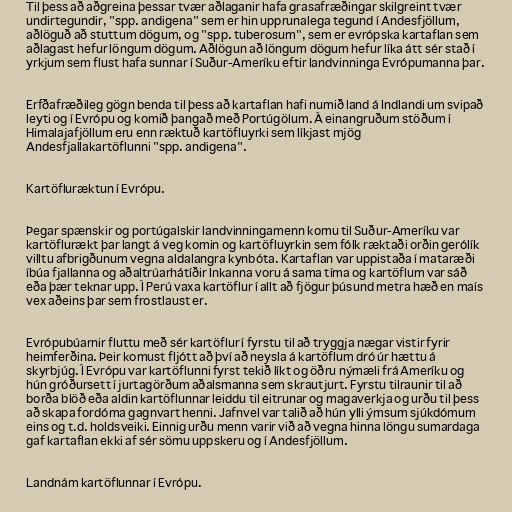
Til þess að aðgreina þessar tvær aðlaganir hafa grasafræðingar skilgreint tvær
undirtegundir, "spp. andigena" sem er hin upprunalega tegund í Andesfjöllum,
aðlöguð að stuttum dögum, og "spp. tuberosum", sem er evrópska kartaflan sem
aðlagast hefur löngum dögum. Aðlögun að löngum dögum hefur líka átt sér stað í
yrkjum sem flust hafa sunnar í Suður-Ameríku eftir landvinninga Evrópumanna þar.

Erfðafræðileg gögn benda til þess að kartaflan hafi numið land á Indlandi um svipað
leyti og í Evrópu og komið þangað með Portúgölum. Á einangruðum stöðum í
Himalajafjöllum eru enn ræktuð kartöfluyrki sem líkjast mjög
Andesfjallakartöflunni "spp. andigena".

Kartöfluræktun í Evrópu.

Þegar spænskir og portúgalskir landvinningamenn komu til Suður-Ameríku var
kartöflurækt þar langt á veg komin og kartöfluyrkin sem fólk ræktaði orðin gerólík
villtu afbrigðunum vegna aldalangra kynbóta. Kartaflan var uppistaða í mataræði
íbúa fjallanna og aðaltrúarhátíðir Inkanna voru á sama tíma og kartöflum var sáð
eða þær teknar upp. Í Perú vaxa kartöflur í allt að fjögur þúsund metra hæð en maís
vex aðeins þar sem frostlaust er.

Evrópubúarnir fluttu með sér kartöflur í fyrstu til að tryggja nægar vistir fyrir
heimferðina. Þeir komust fljótt að því að neysla á kartöflum dró úr hættu á
skyrbjúg. Í Evrópu var kartöflunni fyrst tekið líkt og öðru nýmæli frá Ameríku og
hún gróðursett í jurtagörðum aðalsmanna sem skrautjurt. Fyrstu tilraunir til að
borða blöð eða aldin kartöflunnar leiddu til eitrunar og magaverkja og urðu til þess
að skapa fordóma gagnvart henni. Jafnvel var talið að hún ylli ýmsum sjúkdómum
eins og t.d. holdsveiki. Einnig urðu menn varir við að vegna hinna löngu sumardaga
gaf kartaflan ekki af sér sömu uppskeru og í Andesfjöllum.

Landnám kartöflunnar í Evrópu.